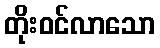
တိုးဝင်လာသော